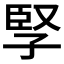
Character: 孯